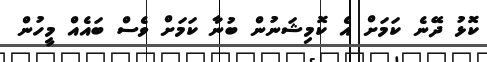
ކޮޅު ދޭނެ ކަމަށް އެ ކޮމިޝަނުން ބުނާ ކަމަށް ވެސް ބައެއް މީހުން